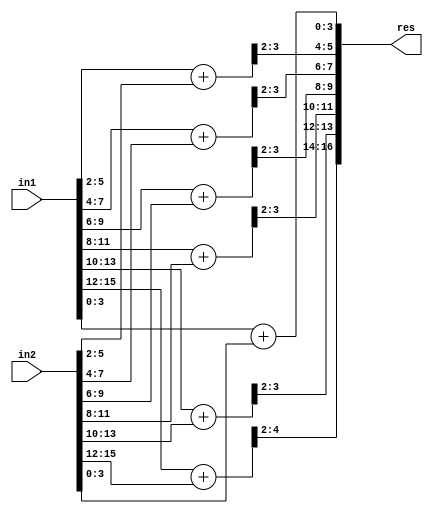
module ACA_II_N16_Q4(
    input [15:0] in1,
    input [15:0] in2,
    output [16:0] res
    );

wire [4:0] temp1,temp2,temp3,temp4,temp5,temp6,temp7;

assign temp1[4:0] = in1[ 3: 0] + in2[ 3: 0];
assign temp2[4:0] = in1[ 5: 2] + in2[ 5: 2];
assign temp3[4:0] = in1[ 7: 4] + in2[ 7: 4];
assign temp4[4:0] = in1[ 9: 6] + in2[ 9: 6];
assign temp5[4:0] = in1[11: 8] + in2[11: 8];
assign temp6[4:0] = in1[13:10] + in2[13:10];
assign temp7[4:0] = in1[15:12] + in2[15:12];

assign res[16:0] = {temp7[4:2],temp6[3:2],temp5[3:2],temp4[3:2],temp3[3:2],temp2[3:2],temp1[3:0]};

endmodule